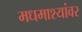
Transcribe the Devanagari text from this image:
मधमाश्यांवर